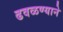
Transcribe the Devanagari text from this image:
ढवळण्याने